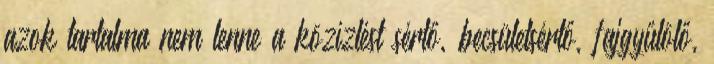
azok tartalma nem lenne a közízlést sértő, becsületsértő, fajgyűlölő,